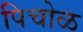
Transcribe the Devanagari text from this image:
पिचोळ